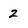
Character: 2